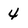
Character: 4